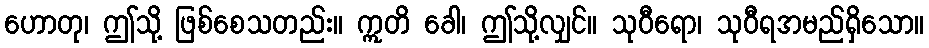
ဟောတု၊ ဤသို့ ဖြစ်စေသတည်း။ ဣတိ ခေါ၊ ဤသို့လျှင်။ သုဝီရော၊ သုဝီရအမည်ရှိသော။